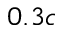
0 . 3 c